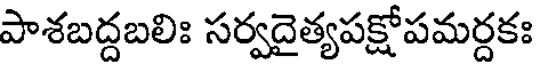
పాశబద్దబలిః సర్వదైత్యపక్షోపమర్దకః